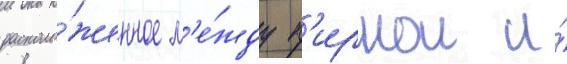
располо́женное м'е́жду п'ирнои и́